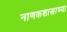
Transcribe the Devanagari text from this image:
नाणकशास्त्राच्या